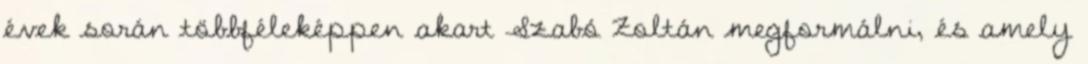
évek során többféleképpen akart Szabó Zoltán megformálni, és amely